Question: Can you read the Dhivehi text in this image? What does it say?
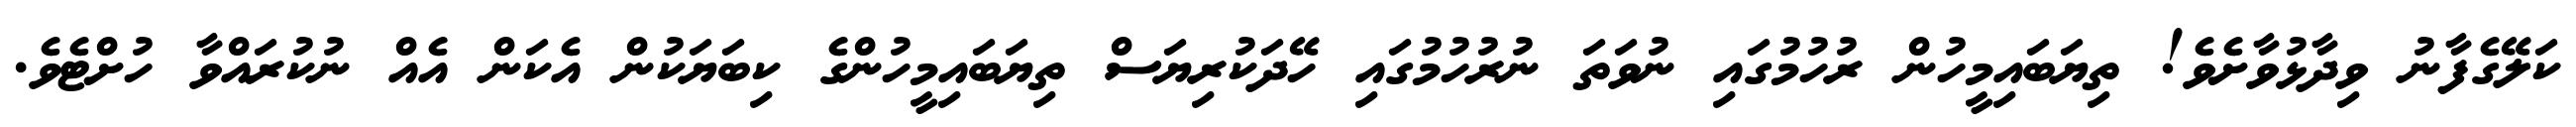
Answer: ކަލޭގެފާނު ވިދާޅުވާށެވެ! ތިޔަބައިމީހުން ރުހުމުގައި ނުވަތަ ނުރުހުމުގައި ހޭދަކުރިޔަސް ތިޔަބައިމީހުންގެ ކިބަޔަކުން އެކަން އެއް ނުކުރައްވާ ހުށްޓެވެ.